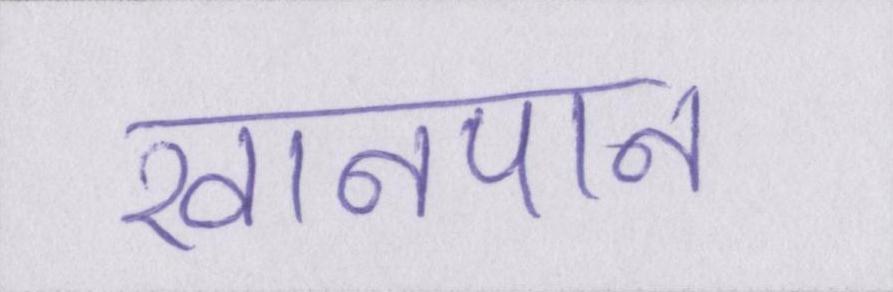
खानपान